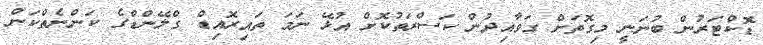
ޑޮކްޓަރުން ބުނަނީ މިގޮތަށް ގަވާއިދުން ކަސްރަތުކޮށް އުޅޭ ނަމަ ތައިރޮއިޑް ގްލޭންޑްގެ ކަންނެތްކަން